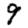
Digit: 9